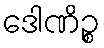
ဒေါဏိဉ္စ